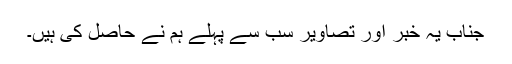
جناب یہ خبر اور تصاویر سب سے پہلے ہم نے حاصل کی ہیں۔